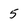
Character: 5